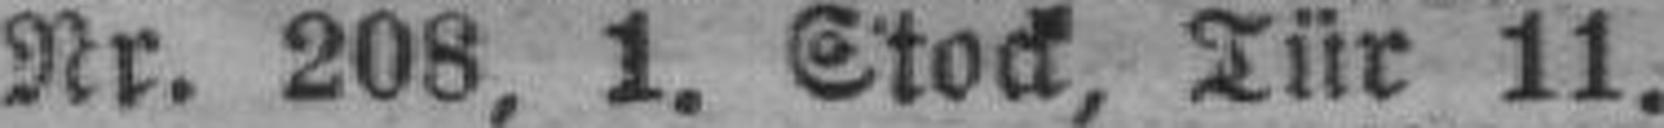
Nr. 208, 1. Stock, Tür 11.